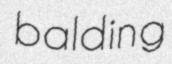
balding